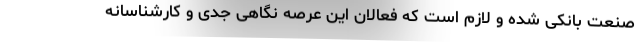
صنعت بانکی شده و لازم است که فعالان این عرصه نگاهی جدی و کارشناسانه